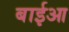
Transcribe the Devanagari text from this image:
बाईआ